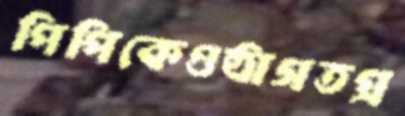
পিপিকেওষ্ঠাগতপ্র